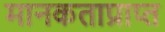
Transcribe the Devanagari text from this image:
मानकताप्राप्त